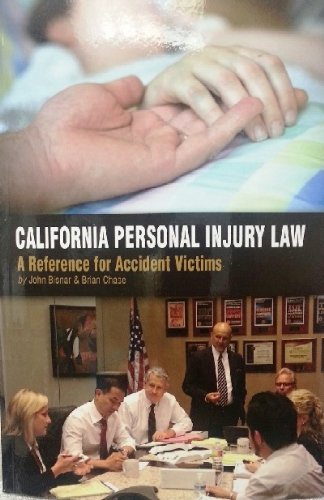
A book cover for California Personal Injury Law; John Bisnar; Law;